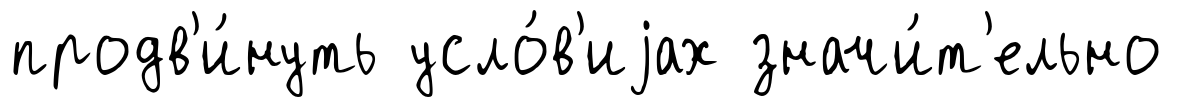
продв'и́нуть усло́в'иjах значи́т'ельно